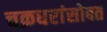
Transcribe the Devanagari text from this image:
चक्रधरांसोबत